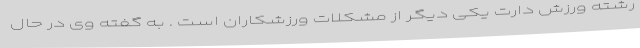
رشته ورزش دارت یکی دیگر از مشکلات ورزشکاران است . به گفته وی در حال